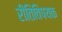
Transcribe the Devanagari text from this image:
रीतिविषयक